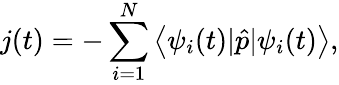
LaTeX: j(t)=-\sum_{i=1}^{N}\left\langle\psi_{i}(t)|\hat{p}|\psi_{i}(t)\right\rangle,